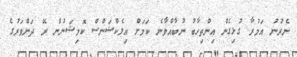
ނެރުނު އަމުރާ ގުޅިގެން އިންތިހާބު ނުބާއްވާނެ ކަމަށް އިލެކްޝަންސް ކޮމިޝަނުން ރޭ ދަންވަރުގެ